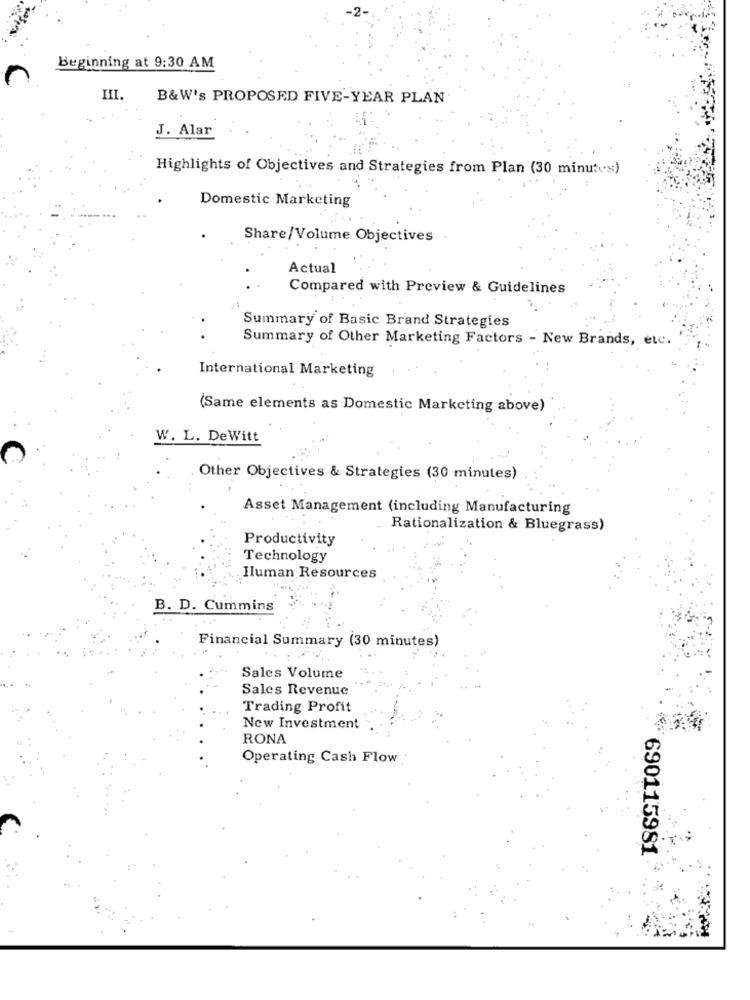
Beginning at 9:30 AM
III.
B&W's PROPOSED FIVE-YEAR PLAN
J. Alar
Highlights of Objectives and Strategies from Plan (30 minutes)
Domestic Marketing
Share/Volume Objectives
Actual
Compared with Preview & Guidelines
Summary of Basic Brand Strategies
Summary of Other Marketing Factors - New Brands, etc.
International Marketing
(Same elements as Domestic Marketing above)
W. L. DeWitt
Other Objectives & Strategies (30 minutes)
Asset Management (including Manufacturing
Rationalization & Bluegrass)
Productivity
Technology
Human Resources
B. D. Cummins
Financial Summary (30 minutes)
Sales Volume
Sales Revenue
Trading Profit
New Investment
RONA
Operating Cash Flow
690115981